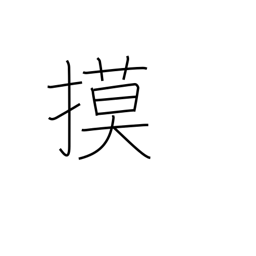
Meaning: copy